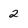
Character: 2